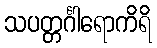
သပတ္တင်္ဂါရောကိရိ